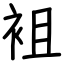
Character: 袓